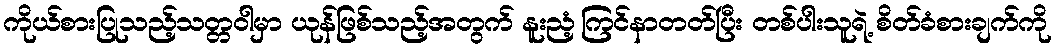
ကိုယ်စားပြုသည့်သတ္တဝါမှာ ယုန်ဖြစ်သည့်အတွက် နူးညံ့ကြင်နာတတ်ပြီး တစ်ပါးသူရဲ့ စိတ်ခံစားချက်ကို